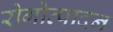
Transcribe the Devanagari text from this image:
रोगोत्पादन